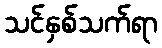
သင်နှစ်သက်ရာ